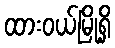
ထားဝယ်မြို့ရှိ